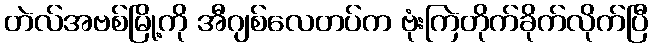
တဲလ်အဗစ်မြို့ကို အီဂျစ်လေတပ်က ဗုံးကြဲတိုက်ခိုက်လိုက်ပြီ